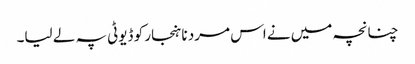
چنانچہ میں نے اس مرد نا ہنجار کو ڈیوٹی پہ لے لیا۔